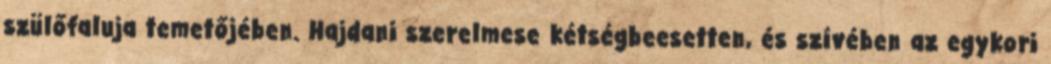
szülőfaluja temetőjében. Hajdani szerelmese kétségbeesetten, és szívében az egykori